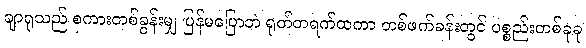
ချာရုသည် စကားတစ်ခွန်းမျှ ပြန်မပြောဘဲ ရုတ်တရက်ထကာ တစ်ဖက်ခန်းတွင် ပစ္စည်းတစ်ခုခု